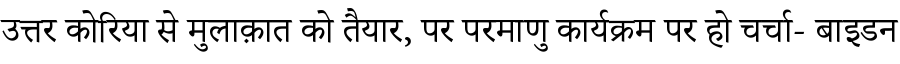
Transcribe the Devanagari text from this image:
उत्तर कोरिया से मुलाक़ात को तैयार, पर परमाणु कार्यक्रम पर हो चर्चा- बाइडन